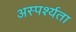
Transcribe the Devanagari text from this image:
अस्पर्श्यता